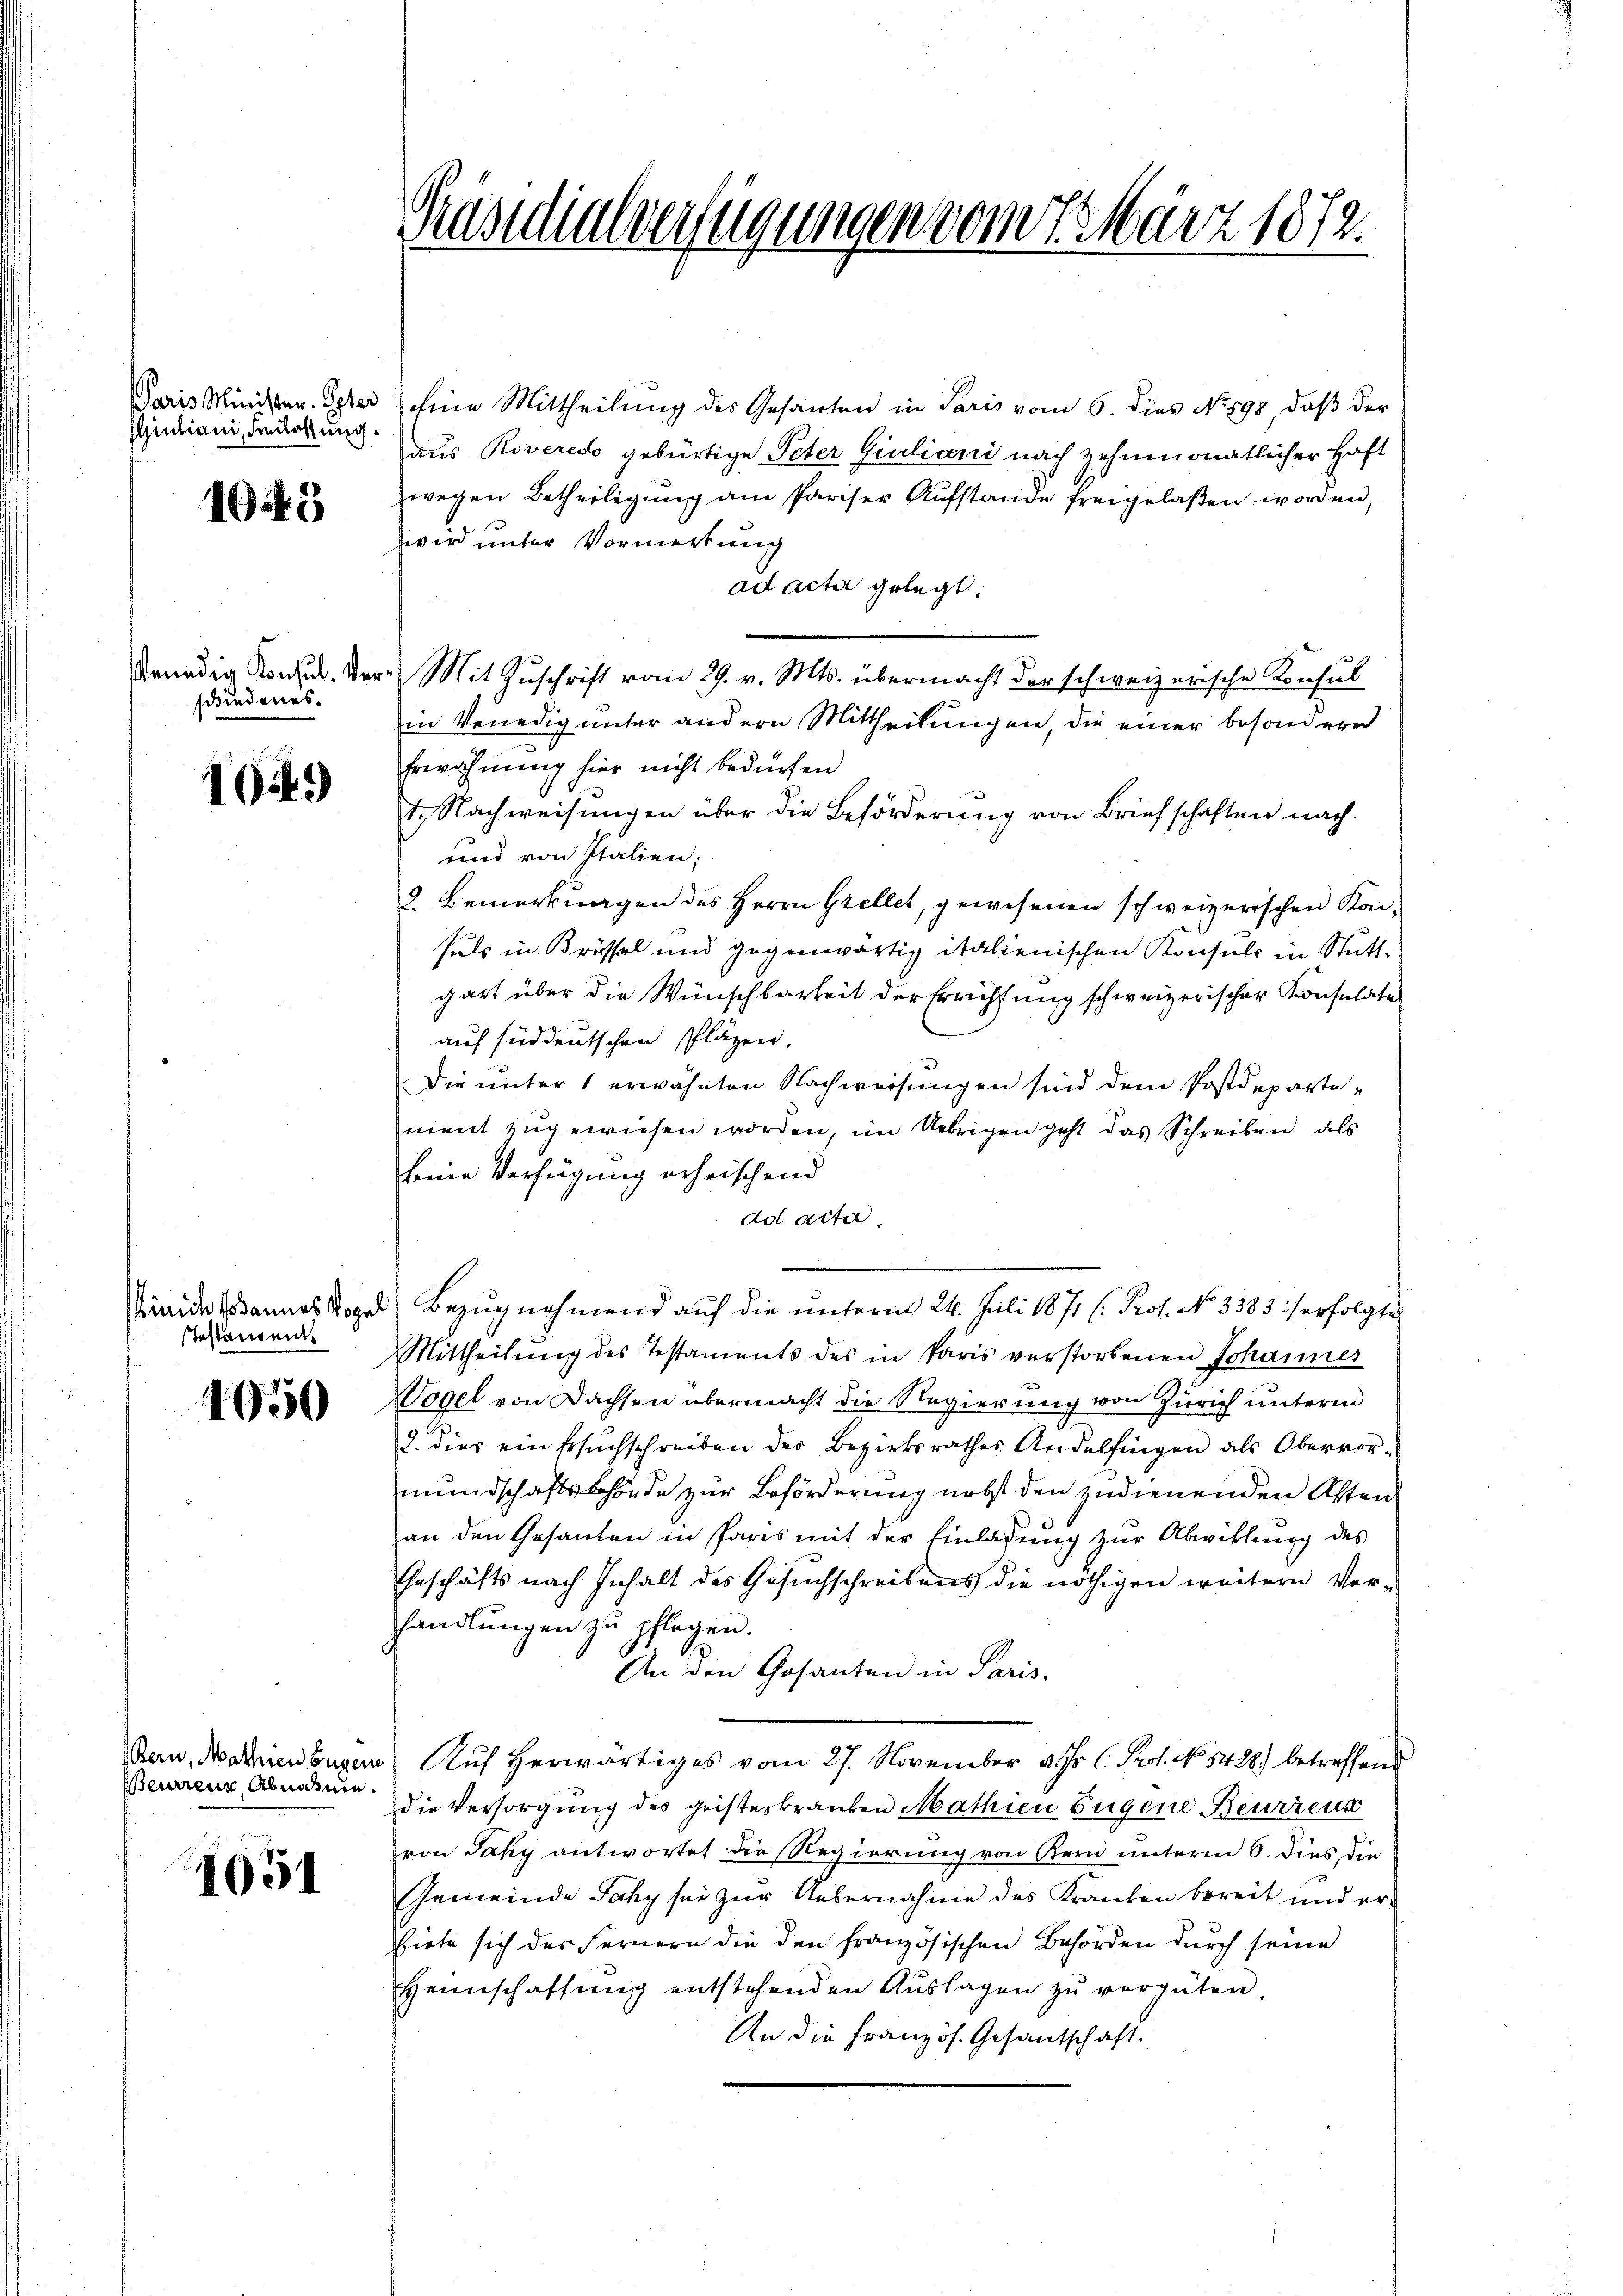
Giuliani, derlosung.

1045

schiedenes.

194.

ürich sodannes Vogel
stestament.

1650

Beurrenz, Abnahme.

1051

Paris Minister. Geber eine Mittheilung des Gesanten in Paris vom 6. dies No 898, daß der
aus Roveress gebürtige Peter Giuliani nach zehnmonatlicher Haft
wegen Betheiligung am Pariser Aufstande freigelaßen worden,
wird unter Vormerkung
ad acta gelegt.
Benadig Konsil. Der Mit Zuschrift vom 29. v. Mts. übermacht der schweizerische Konsul
in Venedig unter andern Mittheilungen, die einer besondere
Erwähnung hier nicht bedürfen
t. Nachweisŭngen über die Beförderŭng von Briefschaften nach
und von Italien;
2. Bemerkungen des Herrn Grellet, gewesenen schweizerischen Kon-
suls in Brüssel und gegenwärtig italienischen Konsuls in Stuttgart über die Wünschbarkeit der Errichtung schweizerischer Konsulate
auf süddeutschen Pläzen.
Die unter 1 erwähnten Nachweisungen sind dem Postdepartement zugewiesen worden, im Uebrigen geht das Schreiben, als
seine Verfügung erheischend
dd acter,
Bezŭgnehmend aŭf die ŭnterm 24. Juli 1871 (: Prof. No. 3383 is erfolgte
Mittheilung des Testaments des in Paris verstorbenen Johannes
Wogel von Dachsen übermacht die Regierung von Zürich unterm
2. dies ein Ersuchschreiben des Bezirksrathes Andelfingen als Obervor-
mundschaftsbehörde zur Beförderung nebst den zudienenden Asten
an den Gesanten in Paris mit der Einladung zur Abwicklung des
Geschäfts nach Inhalt des Gesŭchschreibens die nöthigen weitern Ver-
handlungen zu pflegen.
An den Gesanten in Paris.
Bern, Marienburger Auf herwärtiges vom 27. November v. Js. l. Prot. No. 5488) betreffend
die Versorgung des geisteskranken Mathien Eugene Beurrenz
von Jaky antwortet die Regierung von Bern unterm 6. dies, die
Gemeinde Jáhy sei zur Uebernahme des Kranken bereit und erbiete sich des Fernern die den französischen Behörden durch seine
Heimschaffŭng entstehenden Aŭslagen zŭ vergüten,
An die Französ. Gesandtschaft.

Präsidialverfügungen vom 7. März 1872.